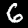
Label: 6